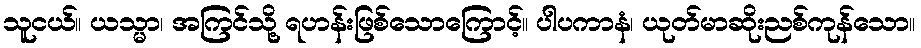
သူငယ်။ ယသ္မာ၊ အကြင်သို့ ရဟန်းဖြစ်သောကြောင့်။ ပါပကာနံ၊ ယုတ်မာဆိုးညစ်ကုန်သော။